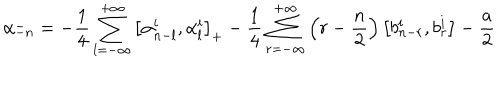
\alpha _ { - n } ^ { - } = - \frac { 1 } { 4 } \sum _ { l = - \infty } ^ { + \infty } \left[ \alpha _ { n - l } ^ { i } , \alpha _ { l } ^ { i } \right] _ { + } - \frac { 1 } { 4 } \sum _ { r = - \infty } ^ { + \infty } \left( r - \frac { n } { 2 } \right) \left[ b _ { n - r } ^ { i } , b _ { r } ^ { i } \right] - \frac { a } { 2 }